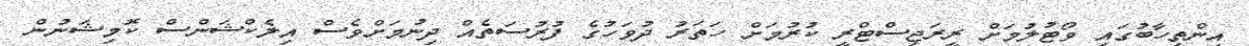
އިންތިހާބުގައި ވޯޓުލުމަށް ރީރަޖިސްޓްރީ ކުރުމަށް ހަތަރު ދުވަހުގެ ފުރުސަތެއް ދިނުމަށްވެސް އިލެކްޝަންސް ކޮމިޝަނުން